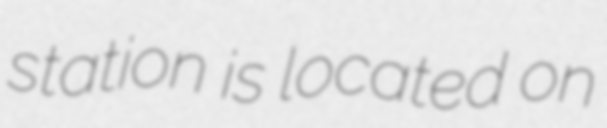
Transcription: station is located on